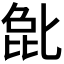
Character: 𫧉